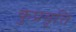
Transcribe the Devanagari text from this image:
कुप्रवृत्ति